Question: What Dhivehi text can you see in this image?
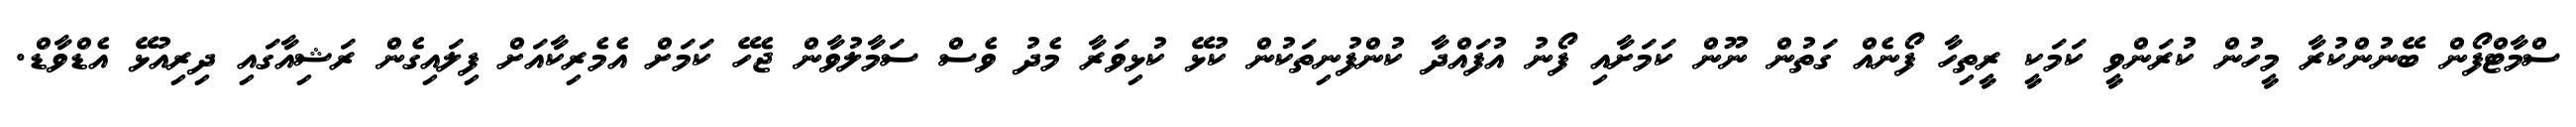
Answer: ސްމާޓްފޯން ބޭނުންކުރާ މީހުން ކުރަންވީ ކަމަކީ ރީތިހާ ފޯނެއް ގަތުން ނޫން ކަމަށާއި ފޯނު އުފައްދާ ކުންފުނިތަކުން ކުޅޭ ކުޅިވަރާ މެދު ވެސް ސަމާލުވާން ޖެހޭ ކަމަށް އެމެރިކާއަށް ފިލައިގެން ރަޝިއާގައި ދިރިއުޅޭ އެޑްވާޑް.